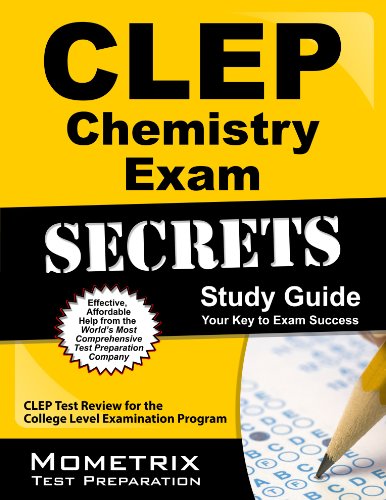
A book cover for CLEP Chemistry Exam Secrets Study Guide: CLEP Test Review for the College Level Examination Program; CLEP Exam Secrets Test Prep Team; Test Preparation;